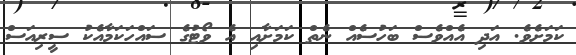
ކަމަށެވެ. އަދި އެއްވެސް ބަހުސެއް ނެތް ކަމަށާއި އެ ވޯޓުގެ ސައްހަކަމާއެކު ސީރިއަސް